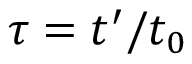
\tau = t ^ { \prime } / t _ { 0 }